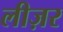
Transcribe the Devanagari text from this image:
लीज़र